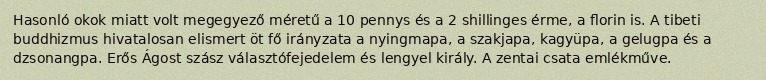
Hasonló okok miatt volt megegyező méretű a 10 pennys és a 2 shillinges érme, a florin is. A tibeti buddhizmus hivatalosan elismert öt fő irányzata a nyingmapa, a szakjapa, kagyüpa, a gelugpa és a dzsonangpa. Erős Ágost szász választófejedelem és lengyel király. A zentai csata emlékműve.